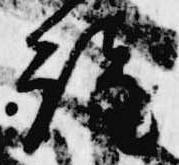
詮